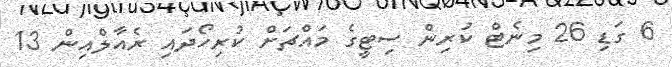
6 ގަޑި 26 މިނެޓް ކުރިން ސިޓީގެ މައްޗަށް ކުރިހޯދައި ރެއާލްއިން 13